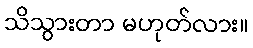
သိသွားတာ မဟုတ်လား။